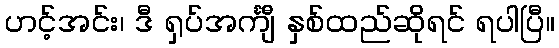
ဟင့်အင်း၊ ဒီ ရှပ်အင်္ကျီ နှစ်ထည်ဆိုရင် ရပါပြီ။